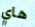
هاي